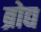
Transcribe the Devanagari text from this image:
ब्रोद्य